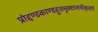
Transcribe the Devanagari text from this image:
प्रोद्दण्डकाण्डहुतभुक्छलभीकृतारे